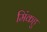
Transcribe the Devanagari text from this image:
मिंकहु